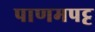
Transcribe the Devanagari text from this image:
पाणमपट्ट